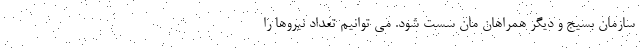
سازمان بسیج و دیگر همراهان مان سست شود. می توانیم تعداد نیروها را